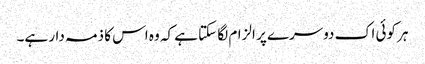
ہر کوئی اک دوسرے پر الزام لگا سکتا ہے کہ وہ اس کا ذمہ دار ہے۔